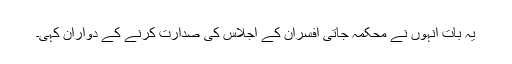
یہ بات انہوں نے محکمہ جاتی افسران کے اجلاس کی صدارت کرنے کے دواران کہی۔